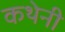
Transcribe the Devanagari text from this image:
कथेनी